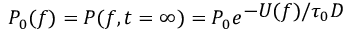
P _ { 0 } ( f ) = P ( f , t = \infty ) = P _ { 0 } e ^ { \displaystyle - U ( f ) / \tau _ { 0 } D }